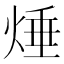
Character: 𱫘